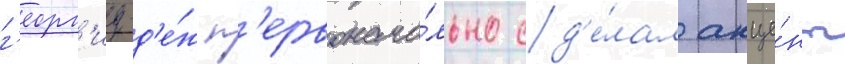
г'еорг'иу-д'е́ж п'ервонача́льно сд'е́лал акце́нт